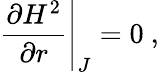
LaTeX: {\frac{\partial H^{2}}{\partial r}}\Bigg|_{J}=0\ ,